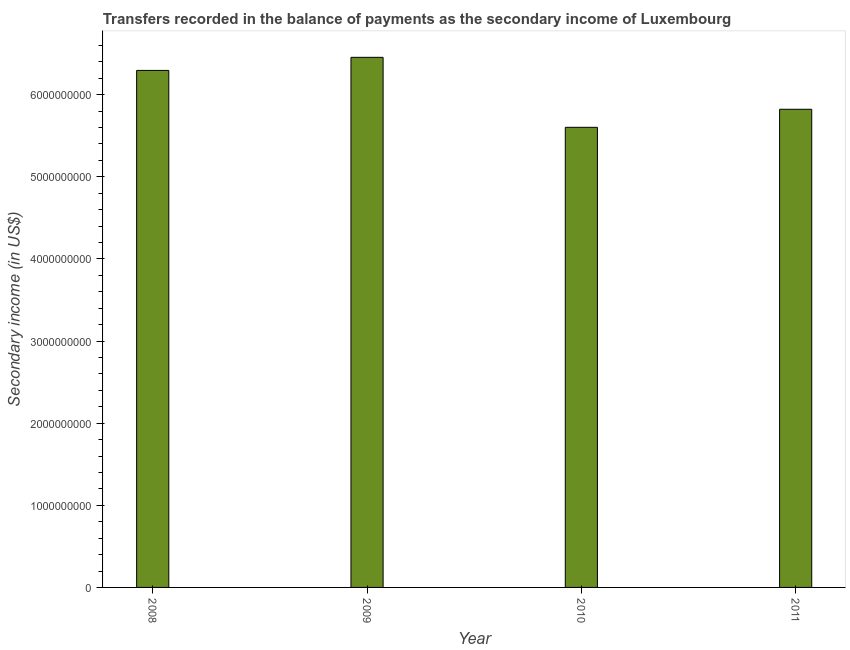
| Year | Secondary income |
 | --- | --- |
 | 2008 | 6.3e+09 |
 | 2009 | 6.45e+09 |
 | 2010 | 5.6e+09 |
 | 2011 | 5.82e+09 |